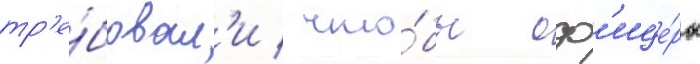
тр'е́бовал'и / что́бы оф'ице́ры